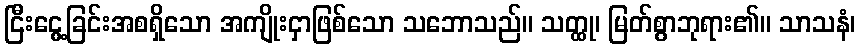
ငြီးငွေ့ခြင်းအစရှိသော အကျိုးငှာဖြစ်သော သဘောသည်။ သတ္ထု၊ မြတ်စွာဘုရား၏။ သာသနံ၊